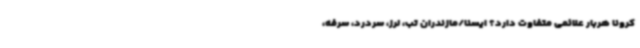
کرونا هربار علائمی متفاوت دارد؟ ایسنا/مازندران تب، لرز، سردرد، سرفه،